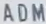
ADM